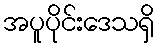
အပူပိုင်းဒေသရှိ